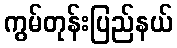
ကွမ်တုန်းပြည်နယ်